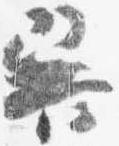
巽